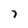
Character: 7